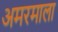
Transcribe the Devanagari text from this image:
अमरमाला